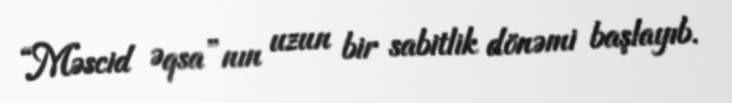
“Məscid Əqsa”nın uzun bir sabitlik dönəmi başlayıb.